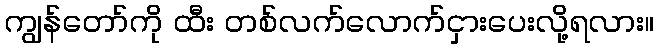
ကျွန်တော်ကို ထီး တစ်လက်လောက်ငှားပေးလို့ရလား။